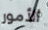
الأمور